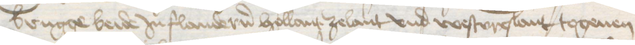
Brugge beide Jn Flandern Hollant Zelant vnd Westvreslant togeuen